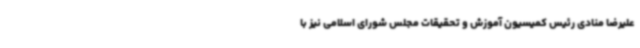
علیرضا منادی رئیس کمیسیون آموزش و تحقیقات مجلس شورای اسلامی نیز با